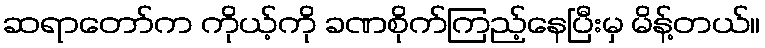
ဆရာတော်က ကိုယ့်ကို ခဏစိုက်ကြည့်နေပြီးမှ မိန့်တယ်။